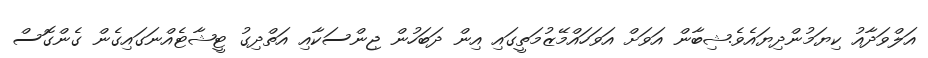
އަލްވަދާއު ކިޔަމުންދިޔައެވެ.ޝިބާން އަވަށް އަވަހައްމޭޒުމަތީގައި އިން ދަބަހުން ޖިންސަކާއި އަތްދިގު ޓީޝާޓެއްނަގައިގެން ގެންގޮސް